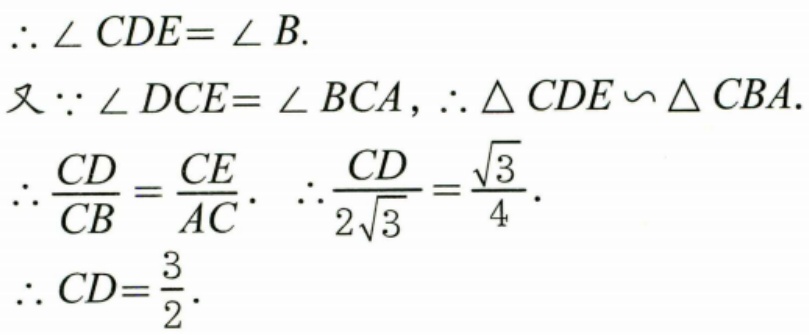
\[\begin{align*}
&\therefore \angle CDE = \angle B.\\
&又\because \angle DCE=\angle BCA,\therefore \triangle CDE\backsim\triangle CBA.\\
&\therefore \frac{CD}{CB}=\frac{CE}{AC}.\ \therefore\frac{CD}{2\sqrt{3}}=\frac{\sqrt{3}}{4}.\\
&\therefore CD = \frac{3}{2}.
\end{align*}\]